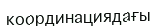
координациядағы